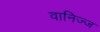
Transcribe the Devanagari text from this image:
वानिज्ज